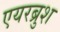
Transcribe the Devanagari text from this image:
एयरब्रुश